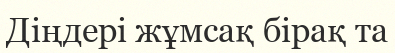
Діңдері жұмсақ бірақ та